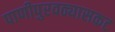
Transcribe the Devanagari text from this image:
पाणीपुरवठ्यासकट